Report on the administration of the Government Cinchona Department 1892-98
Year: 1892
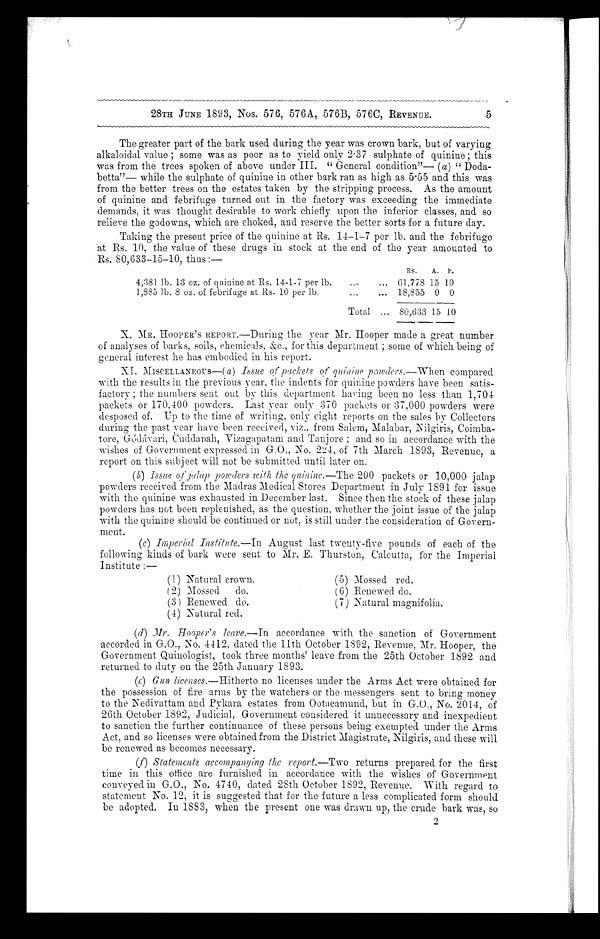
(1) Natural crown.
(2) Mossed do.
( 3 ) R e n e w e d d o .
( 4 ) N a t u r a l r e d .
(5) Mossed red.
(6) Renewed do.
(7) Natural magnifolia.
28TH JUNE 1893, Nos. 576, 576A, 576B, 576C, REVENUE.
The greater part of the bark used during the year was crown bark, but of varying
alkaloidal value; some was as poor as to yield only 2.37 sulphate of quinine; this
was from the trees spoken of above under III. "General condition"—( a ) "Doda--
betta"— while the sulphate of quinine in other bark ran as high as 5.55 and this was
from the better trees on the estates taken by the stripping process. As the amount
of quinine and febrifuge turned out in the factory was exceeding the immediate
demands, it was thought desirable to work chiefly upon the inferior classes, and so
relieve the godowns, which are choked, and reserve the better sorts for a future day.
Taking the present price of the quinine at Rs. 14-1-7 per lb. and the febrifuge
at Rs. 10, the value of these drugs in stock at the end of the year amounted to
Rs. 80,633-15-10, thus:—
RS.
A. P.
4,381 lb. 13 oz. of quinine at Rs. 14-1-7 per lb . . .
61,778 15 10
1,885 lb. 8 oz. of febrifuge at Rs. 10 per lb . . .
18,855 0 0
Total . . . 80,633 15 10
X. MR. HOOPER'S REPORT.—During the year Mr. Hooper made a great number
of analyses of barks, soils, chemicals. &c., for this department; some of which being of
general interest he has embodied in his report.
XI. MISCELLANEOUS—(a ) Issue of packets of quinine powders.—When compared
with the results in the previous year, the indents for quinine powders have been satis--
factory; the numbers sent out by this department having been no less than 1,704
packets or 170,400 powders. Last year only 370 packets or 37,000 powders were
desposed of. Up to the time of writing, only eight reports on the sales by Collectors
during the past year have been received, viz., from Salem, Malabar, Nilgiris, Coimba--
tore, Gódávari, Cuddanah, Vizagapatam and Tanjore; and so in accordance with the
wishes of Government expressed in G.O., No. 224, of 7th March 1893, Revenue, a
report on this subject will not be submitted until later on.
( b ) Issue of jalap powders with the quinine.— The 200 packets or 10,000 jalap
powders received from the Madras Medical Stores Department in July 1891 for issue
with the quinine was exhausted in December last. Since then the stock of these jalap
powders has not been replenished, as the question, whether the joint issue of the jalap
with the quinine should be continued or not, is still under the consideration of Govern
-ment.
( c) Imperial Institute.—I n
A u g u s t l a s t t w e n t y - f i v e p o u n d s o f e a c h o f t h e
following kinds of bark were sent to Mr. E. Thurston, Calcutta, for the Imperial
Institute:—
5
(d)Mr. Hooper's leave.—In accordance with the sanction of Government
accorded in G.O., No. 4412, dated the 11th October 1892, Revenue, Mr. Hooper, the
Government Quinologist, took three months' leave from the 25th October 1892 and
returned to duty on the 25th January 1893.
(e) Gun licenses.—Hitherto no licenses under the Arms Act were obtained for
the possession of fire arms by the watchers or the messengers sent to bring money
to the Nedivattam and Pvkara estates from Ootacamund, but in G.O., No. 2014, of
26th October 1892, Judicial, Government considered it unnecessary and inexpedient
to sanction the further continuance of these persons being exempted under the Arms
Act, and so licenses were obtained from the District Magistrate, Nilgiris, and these will
be renewed as becomes necessary.
(f) Statements accompanying the report.—Two returns prepared for the first
time in this office are furnished in accordance with the wishes of Government
conveyed in G.O., No. 4740, dated 28th October 1892, Revenue. With regard to
statement No. 12, it is suggested that for the future a less complicated form should
be adopted. In 1883, when the present one was drawn up, the crude bark was, so
2